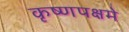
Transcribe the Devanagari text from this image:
कृष्णपक्षमे